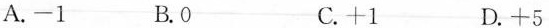
A.-1 B.0 C.+1 D.+5